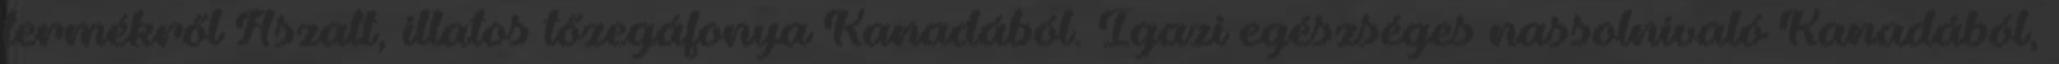
termékről Aszalt, illatos tőzegáfonya Kanadából. Igazi egészséges nassolnivaló Kanadából,